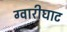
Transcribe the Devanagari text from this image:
ग्वारीघाट